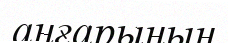
аңғарынын